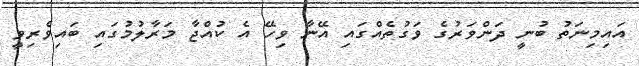
އައިމިނަތު ބުނީ ދަންވަރުގެ ވަގުތެއްގައި އޭނާ ވިހޭ އެ ކުއްޖާ މަރާލުމުގައި ބައިވެރިވީ